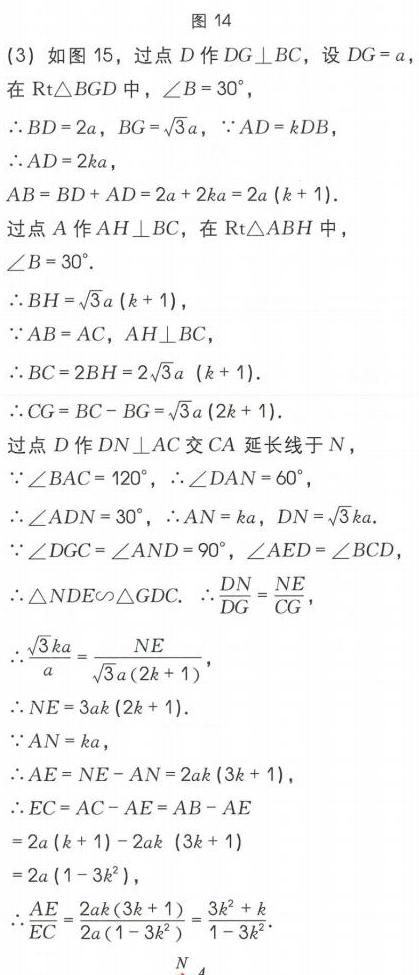
图 14
(3) 如图 15，过点 \(D\) 作 \(DG\perp BC\)，设 \(DG = a\)，
在\(\text{Rt}\triangle BGD\)中，\(\angle B = 30^{\circ}\)，
\(\therefore BD = 2a\)，\(BG=\sqrt{3}a\)，\(\because AD = kBD\)，
\(\therefore AD = 2ka\)，
\(AB = BD + AD=2a + 2ka=2a(k + 1)\).
过点 \(A\) 作 \(AH\perp BC\)，在\(\text{Rt}\triangle ABH\)中，
\(\angle B = 30^{\circ}\).
\(\therefore BH=\sqrt{3}a(k + 1)\)，
\(\because AB = AC\)，\(AH\perp BC\)，
\(\therefore BC = 2BH=2\sqrt{3}a(k + 1)\).
\(\therefore CG = BC - BG=\sqrt{3}a(2k + 1)\).
过点 \(D\) 作 \(DN\perp AC\) 交 \(CA\) 延长线于 \(N\)，
\(\because\angle BAC = 120^{\circ}\)，\(\therefore\angle DAN = 60^{\circ}\)，
\(\therefore\angle ADN = 30^{\circ}\)，\(\therefore AN = ka\)，\(DN=\sqrt{3}ka\).
\(\because\angle DGC=\angle AND = 90^{\circ}\)，\(\angle AED=\angle BCD\)，
\(\therefore\triangle NDE\sim\triangle GDC\). \(\therefore\frac{DN}{DG}=\frac{NE}{CG}\)，
\(\therefore\frac{\sqrt{3}ka}{a}=\frac{NE}{\sqrt{3}a(2k + 1)}\)，
\(\therefore NE = 3ak(2k + 1)\).
\(\because AN = ka\)，
\(\therefore AE=NE - AN=2ak(3k + 1)\)，
\(\therefore EC = AC - AE=AB - AE\)
\(=2a(k + 1)-2ak(3k + 1)\)
\(=2a(1 - 3k^{2})\)，
\(\therefore\frac{AE}{EC}=\frac{2ak(3k + 1)}{2a(1 - 3k^{2})}=\frac{3k^{2}+k}{1 - 3k^{2}}\).
\(N\)
\(4\)